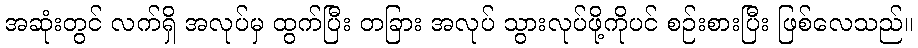
အဆုံးတွင် လက်ရှိ အလုပ်မှ ထွက်ပြီး တခြား အလုပ် သွားလုပ်ဖို့ကိုပင် စဉ်းစားပြီး ဖြစ်လေသည်။